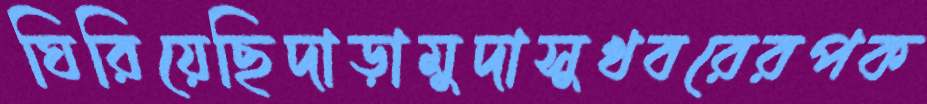
ঘিরিয়েছিদাড়ামুদাসুখবরেরপক